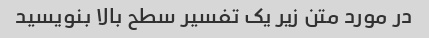
در مورد متن زیر یک تفسیر سطح بالا بنویسید